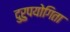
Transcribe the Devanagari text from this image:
दुरुपयोगिता